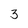
Character: 3